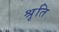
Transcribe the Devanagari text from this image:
श्रृति